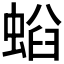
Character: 𧌤